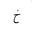
Letter: _kha